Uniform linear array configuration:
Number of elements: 16
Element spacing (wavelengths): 0.75
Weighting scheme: exponential
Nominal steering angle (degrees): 30
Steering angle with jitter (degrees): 28.956
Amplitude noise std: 0.05
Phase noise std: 0.05

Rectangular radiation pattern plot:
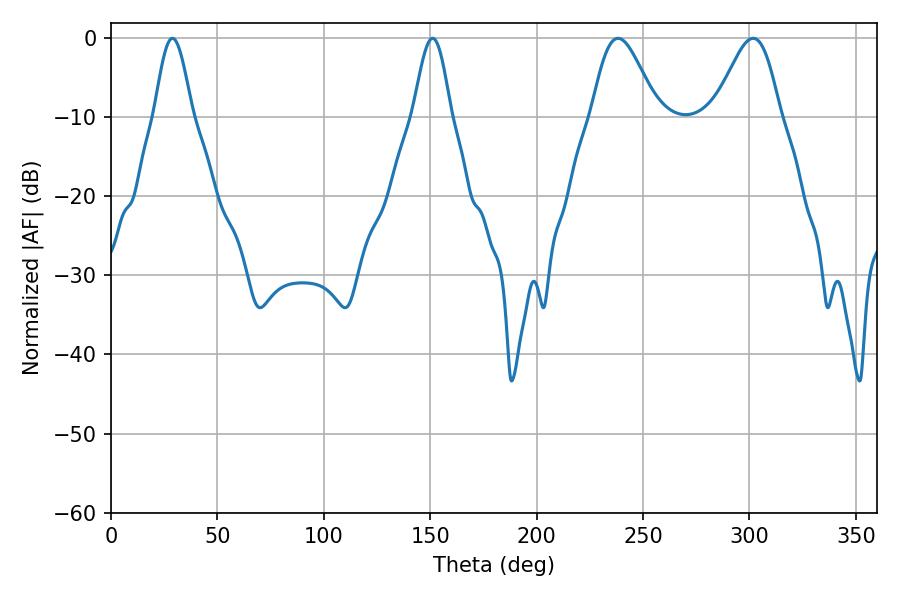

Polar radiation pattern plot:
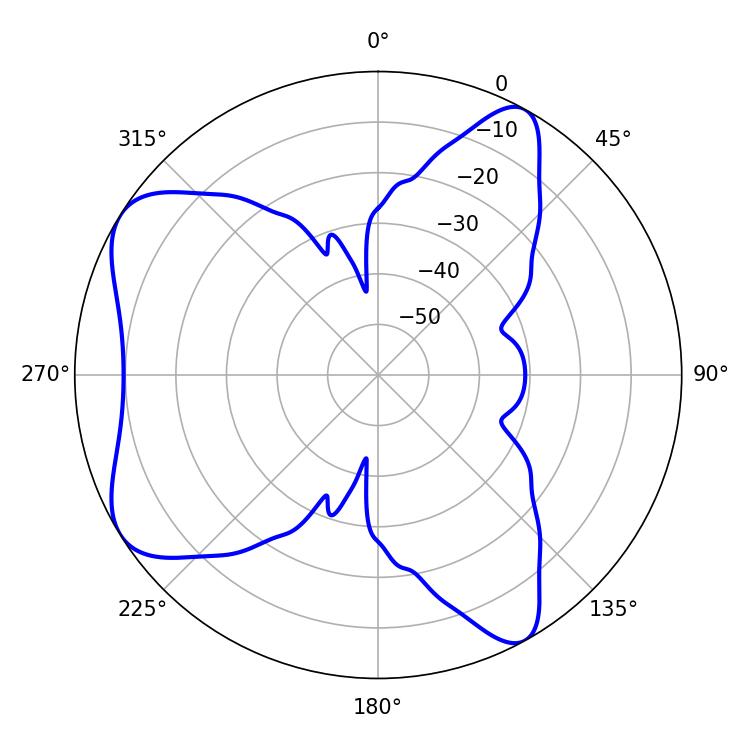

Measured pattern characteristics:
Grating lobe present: TRUE
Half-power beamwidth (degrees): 16.2
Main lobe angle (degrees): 238.32